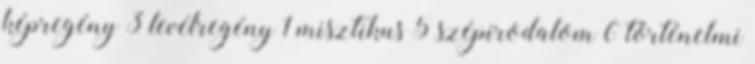
képregény 3 levélregény 1 misztikus 5 szépirodalom 6 történelmi